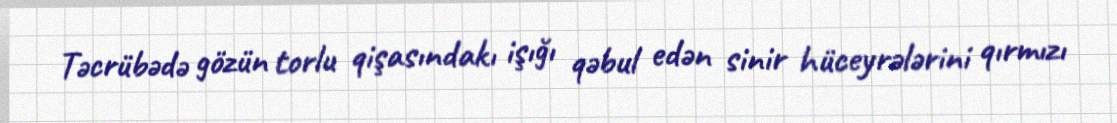
Təcrübədə gözün torlu qişasındakı işığı qəbul edən sinir hüceyrələrini qırmızı